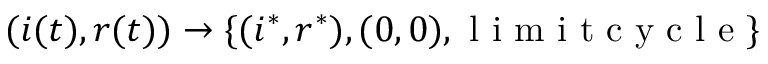
( i ( t ) , r ( t ) ) \to \{ ( i ^ { * } , r ^ { * } ) , ( 0 , 0 ) , \mathrm { ~ l ~ i ~ m ~ i ~ t ~ c ~ y ~ c ~ l ~ e ~ } \}